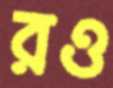
রও